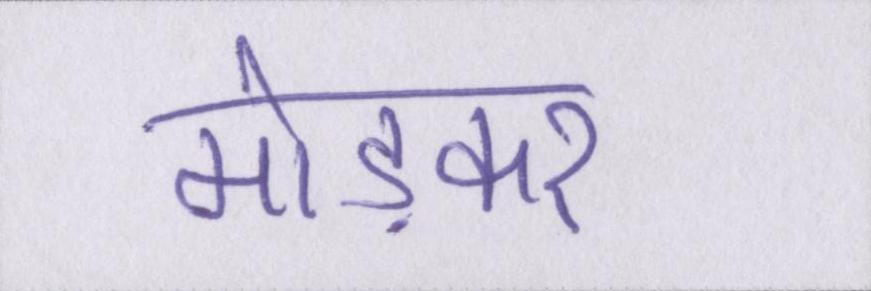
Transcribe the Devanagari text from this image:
मोड़कर